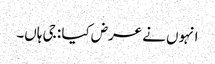
انہوں نے عرض کیا : جی ہاں۔